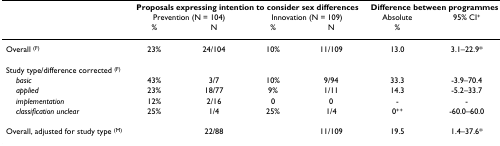
<table><thead><tr><td></td><td colspan="4"><b>Proposals expressing intention to consider sex differences</b></td><td colspan="2"><b>Difference between programmes</b></td></tr><tr><td></td><td colspan="2"><b>Prevention (N = 104)</b></td><td colspan="2"><b>Innovation (N = 109)</b></td><td><b>Absolute</b></td><td><b>95% CI<sup>+</sup></b></td></tr><tr><td></td><td><b>%</b></td><td><b>N</b></td><td><b>%</b></td><td><b>N</b></td><td><b>%</b></td><td></td></tr></thead><tbody><tr><td>Overall <sup>(F)</sup></td><td>23%</td><td>24/104</td><td>10%</td><td>11/109</td><td>13.0</td><td>3.1–22.9*</td></tr><tr><td>Study type/difference corrected <sup>(F)</sup></td><td></td><td></td><td></td><td></td><td></td><td></td></tr><tr><td> <i>basic</i></td><td>43%</td><td>3/7</td><td>10%</td><td>9/94</td><td>33.3</td><td>-3.9–70.4</td></tr><tr><td> <i>applied</i></td><td>23%</td><td>18/77</td><td>9%</td><td>1/11</td><td>14.3</td><td>-5.2–33.7</td></tr><tr><td> <i>implementation</i></td><td>12%</td><td>2/16</td><td>0</td><td>0</td><td>-</td><td>-</td></tr><tr><td> <i>classification unclear</i></td><td>25%</td><td>1/4</td><td>25%</td><td>1/4</td><td>0<sup>++</sup></td><td>-60.0–60.0</td></tr><tr><td>Overall, adjusted for study type <sup>(M)</sup></td><td></td><td>22/88</td><td></td><td>11/109</td><td>19.5</td><td>1.4–37.6*</td></tr></tbody></table>